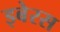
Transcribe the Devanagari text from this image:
इबेरस